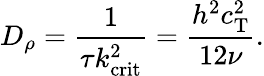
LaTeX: D_{\rho}=\frac{1}{\tau k_{\mathrm{crit}}^{2}}=\frac{h^{2}c_{\mathrm{T}}^{2}}{12\nu}.